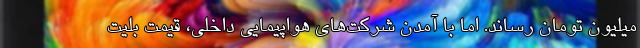
میلیون تومان رساند. اما با آمدن شرکت‌های هواپیمایی داخلی، قیمت بلیت